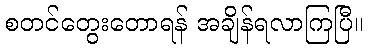
စတင်တွေးတောရန် အချိန်ရလာကြပြီ။